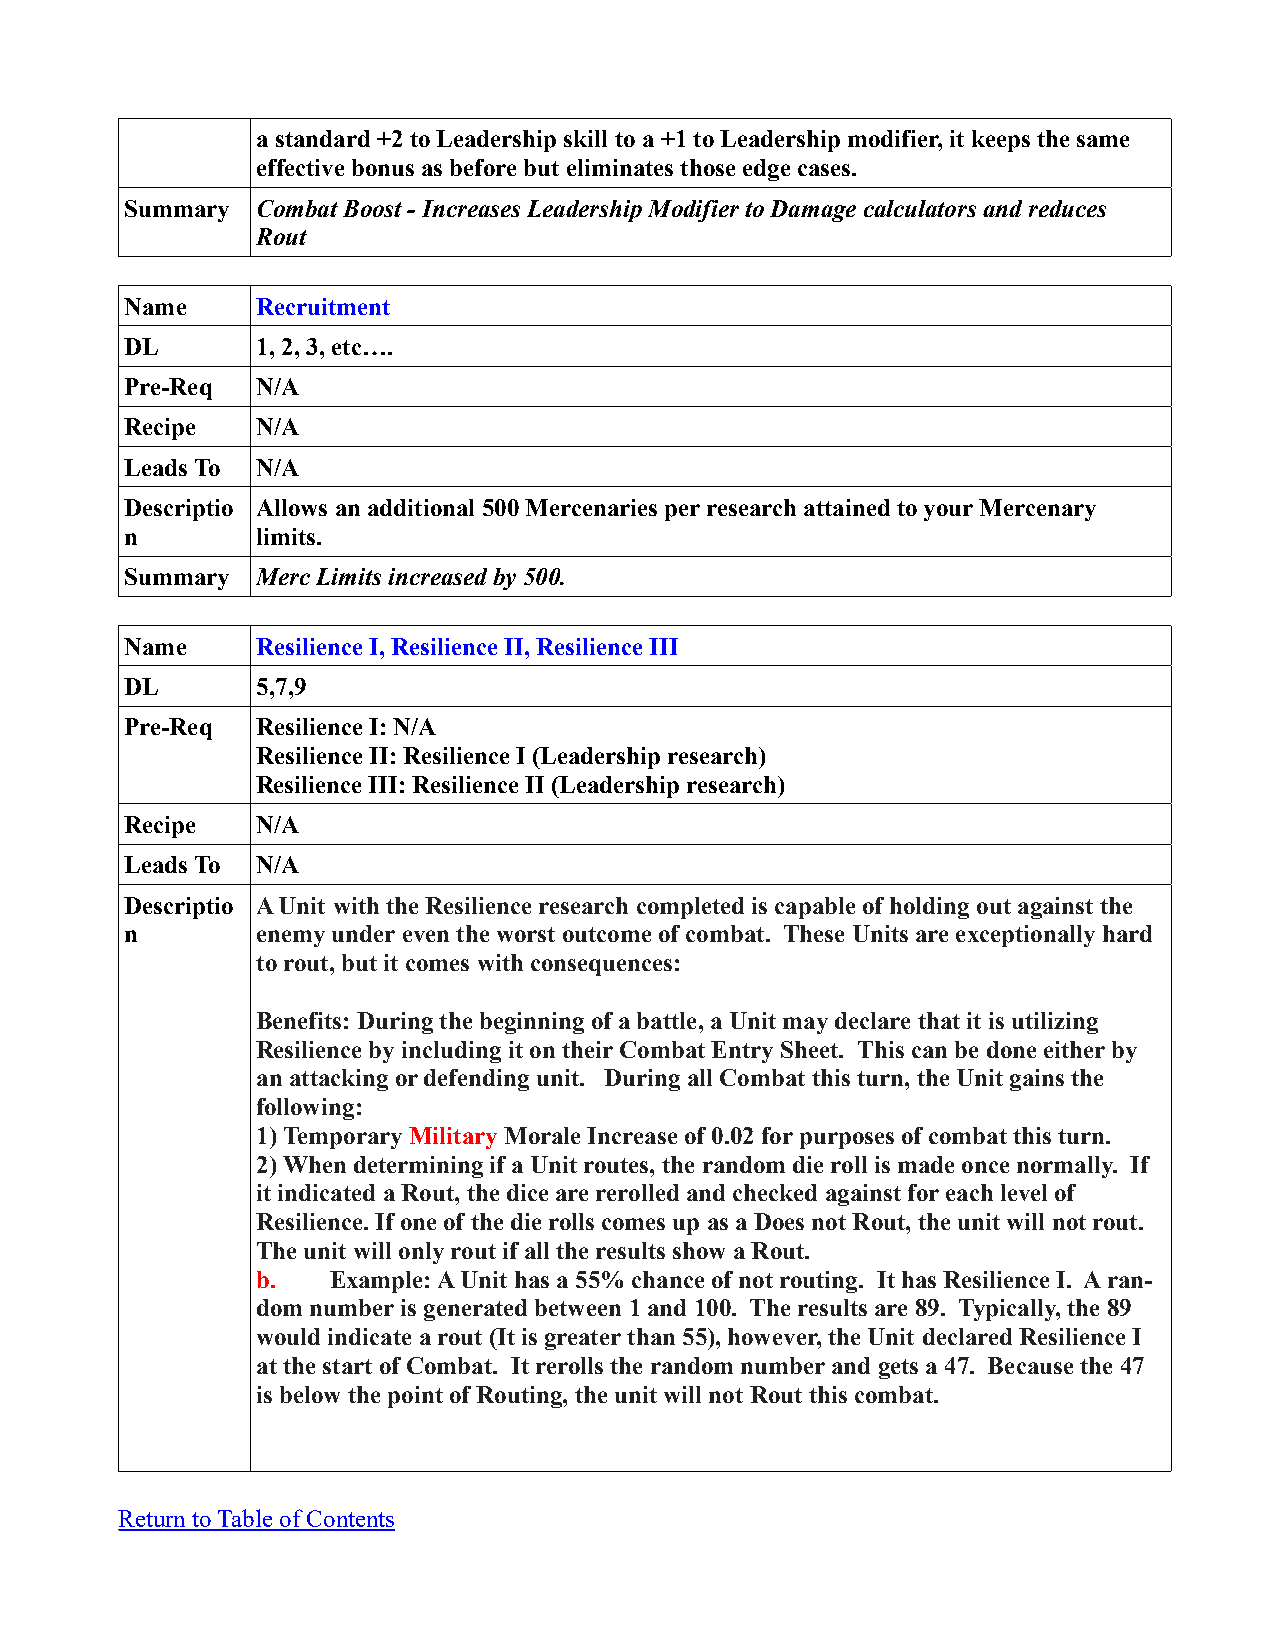
a standard +2 to Leadership skill to a +1 to Leadership modifier, it keeps the same
 effective bonus as before but eliminates those edge cases.
 Summary  Combat Boost - Increases Leadership Modifier to Damage calculators and reduces
 Rout
 Name     Recruitment
 DL       1, 2, 3, etc….
 Pre-Req  N/A
 Recipe   N/A
 Leads To N/A
 Descriptio Allows an additional 500 Mercenaries per research attained to your Mercenary
 n        limits.
 Summary  Merc Limits increased by 500.
 Name     Resilience I, Resilience II, Resilience III
 DL       5,7,9
 Pre-Req  Resilience I: N/A
 Resilience II: Resilience I (Leadership research)
 Resilience III: Resilience II (Leadership research)
 Recipe   N/A
 Leads To N/A
 Descriptio A Unit with the Resilience research completed is capable of holding out against the
 n        enemy under even the worst outcome of combat. These Units are exceptionally hard
 to rout, but it comes with consequences:
 Benefits: During the beginning of a battle, a Unit may declare that it is utilizing
 Resilience by including it on their Combat Entry Sheet. This can be done either by
 an attacking or defending unit. During all Combat this turn, the Unit gains the
 following:
 1) Temporary Military Morale Increase of 0.02 for purposes of combat this turn.
 2) When determining if a Unit routes, the random die roll is made once normally. If
 it indicated a Rout, the dice are rerolled and checked against for each level of
 Resilience. If one of the die rolls comes up as a Does not Rout, the unit will not rout.
 The unit will only rout if all the results show a Rout.
 b.   Example: A Unit has a 55% chance of not routing. It has Resilience I. A ran-
 dom number is generated between 1 and 100. The results are 89. Typically, the 89
 would indicate a rout (It is greater than 55), however, the Unit declared Resilience I
 at the start of Combat. It rerolls the random number and gets a 47. Because the 47
 is below the point of Routing, the unit will not Rout this combat.
 Return to Table of Contents